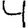
Digit: 4